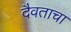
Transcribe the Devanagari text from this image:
दैवताचा